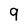
Character: 9